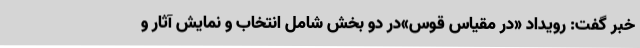
خبر گفت: رویداد «در مقیاس قوس»در دو بخش شامل انتخاب و نمایش آثار و